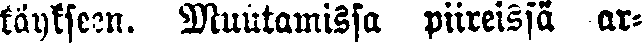
käykseen. Muutamissa piireissä ar-